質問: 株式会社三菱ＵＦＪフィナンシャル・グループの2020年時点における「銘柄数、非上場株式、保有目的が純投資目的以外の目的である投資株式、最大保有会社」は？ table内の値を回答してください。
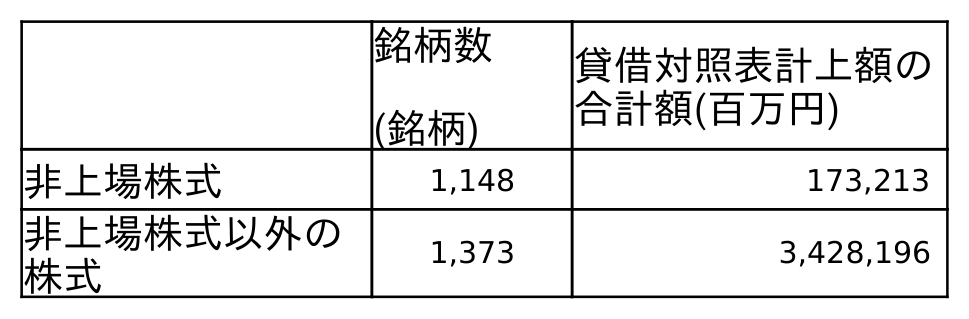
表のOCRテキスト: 銘柄数 (銘柄) 貸借対照表計上額の 合計額(百万円) 非上場株式 1,148 173,213 非上場株式以外の 株式 1,373 3,428,196
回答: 1,148